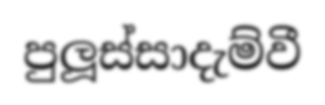
පුලූස්සාදැම්වී